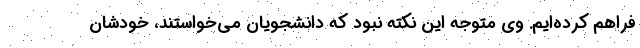
فراهم کرده‌ایم. وی متوجه این نکته نبود که دانشجویان می‌خواستند، خودشان